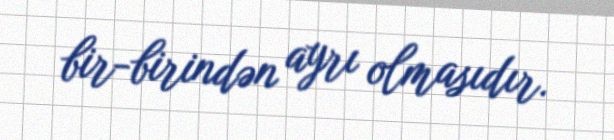
bir-birindən ayrı olmasıdır.